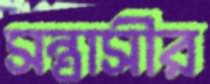
সন্ত্রাসীর